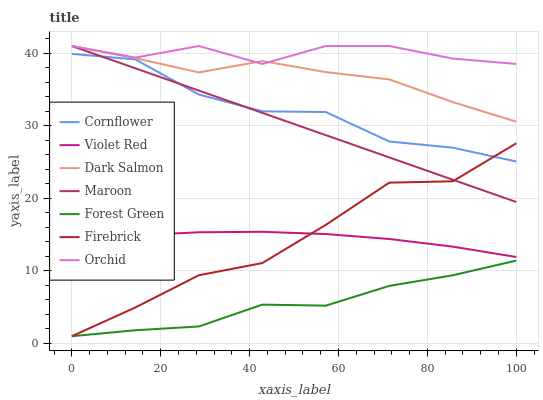
| xaxis_label | Cornflower | Violet Red | Dark Salmon | Maroon | Forest Green | Firebrick | Orchid |
 | --- | --- | --- | --- | --- | --- | --- | --- |
 | 0 | 39.9 | 14.1 | 41 | 41 | 1 | 1 | 41 |
 | 14.3 | 39.2 | 14.9 | 39.3 | 37.9 | 1.83 | 4.97 | 39.4 |
 | 28.6 | 34.3 | 15.3 | 37.4 | 34.9 | 2.35 | 9.4 | 41 |
 | 42.9 | 32 | 15.4 | 38.9 | 31.8 | 5.36 | 11.1 | 38.5 |
 | 57.1 | 31.9 | 15.1 | 37.4 | 28.7 | 5.22 | 16.3 | 41 |
 | 71.4 | 27.8 | 14.4 | 36.4 | 25.6 | 7.94 | 22.2 | 41 |
 | 85.7 | 27 | 13.3 | 33.3 | 22.6 | 9.4 | 22.4 | 39.3 |
 | 100 | 25.1 | 11.9 | 30.6 | 19.5 | 11.4 | 27.6 | 38.5 |